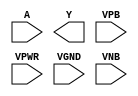
/**
 * Copyright 2020 The SkyWater PDK Authors
 *
 * Licensed under the Apache License, Version 2.0 (the "License");
 * you may not use this file except in compliance with the License.
 * You may obtain a copy of the License at
 *
 *     https://www.apache.org/licenses/LICENSE-2.0
 *
 * Unless required by applicable law or agreed to in writing, software
 * distributed under the License is distributed on an "AS IS" BASIS,
 * WITHOUT WARRANTIES OR CONDITIONS OF ANY KIND, either express or implied.
 * See the License for the specific language governing permissions and
 * limitations under the License.
 *
 * SPDX-License-Identifier: Apache-2.0
 */

`ifndef SKY130_FD_SC_HDLL__CLKINVLP_PP_SYMBOL_V
`define SKY130_FD_SC_HDLL__CLKINVLP_PP_SYMBOL_V

/**
 * clkinvlp: Lower power Clock tree inverter.
 *
 * Verilog stub (with power pins) for graphical symbol definition
 * generation.
 *
 * WARNING: This file is autogenerated, do not modify directly!
 */

`timescale 1ns / 1ps
`default_nettype none

(* blackbox *)
module sky130_fd_sc_hdll__clkinvlp (
    //# {{data|Data Signals}}
    input  A   ,
    output Y   ,

    //# {{power|Power}}
    input  VPB ,
    input  VPWR,
    input  VGND,
    input  VNB
);
endmodule

`default_nettype wire
`endif  // SKY130_FD_SC_HDLL__CLKINVLP_PP_SYMBOL_V